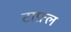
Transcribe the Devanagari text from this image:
टाफ़्ल